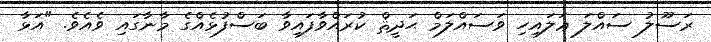
ރަސޫލު ސައްލަ ޢަލައިހި ވަސައްލަމް ޙަދީޘް ކުރައްވާފައިވާ ބަސްފުޅެއްގެ މާނާގައި ވެއެވެ. "އަޅާ